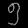
Digit: ၅